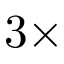
3 \times